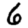
Digit: 6